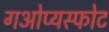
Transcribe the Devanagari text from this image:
गओप्यस्फोट